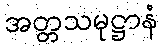
အတ္တသမုဋ္ဌာနံ